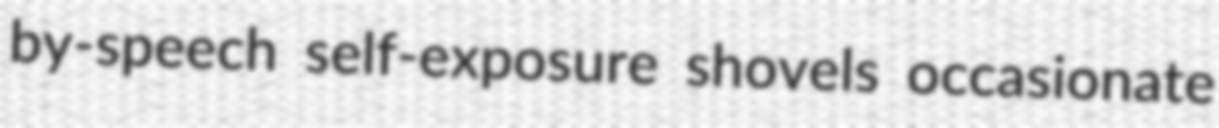
by-speech self-exposure shovels occasionate